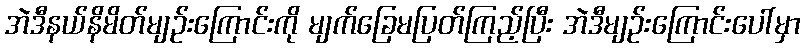
အဲဒီနယ်နိမိတ်မျဉ်းကြောင်းကို မျက်ခြေမပြတ်ကြည့်ပြီး အဲဒီမျဉ်းကြောင်းပေါ်မှာ